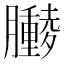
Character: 𫇁